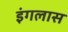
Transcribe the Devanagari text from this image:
इंगलास